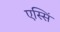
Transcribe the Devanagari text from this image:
एस्सिं